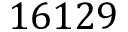
1 6 1 2 9